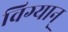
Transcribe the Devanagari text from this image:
विग्यान्